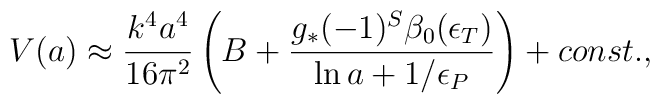
{V}(a) \approx {k^4 a^4 \over 16\pi^2}\left(B + {g_*(-1)^{S}\beta_0(\epsilon_T) \over \ln a+{1/\epsilon_P}}\right)+ const.,